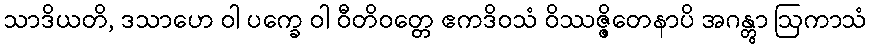
သာဒိယတိ, ဒသာဟေ ဝါ ပက္ခေ ဝါ ဝီတိဝတ္တေ ဧကဒိဝသံ ဝိဿဇ္ဇိတေနာပိ အဂန္တွာ ဩကာသံ